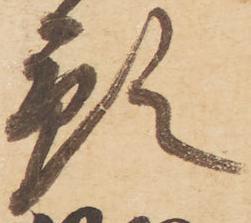
預